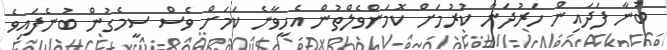
ބުނާ ފަދައިން ހަރުދަނާ ކުރުމަށް ކޮމަންވެލްތުން އެހީވާނެ ކަމަށް ވެސް ސީމެގުން ބުނެފައިވެ